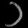
Digit: ၁